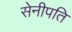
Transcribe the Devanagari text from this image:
सेनीपति